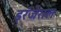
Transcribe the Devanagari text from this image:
इरंजेराल